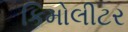
કિમોલીટર